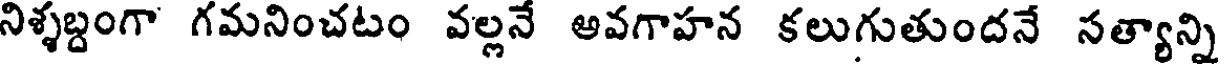
నిళ్ళబ్దంగా గమనించటం వల్లనే అవగాహన కలుగుతుందనే సత్యాన్ని